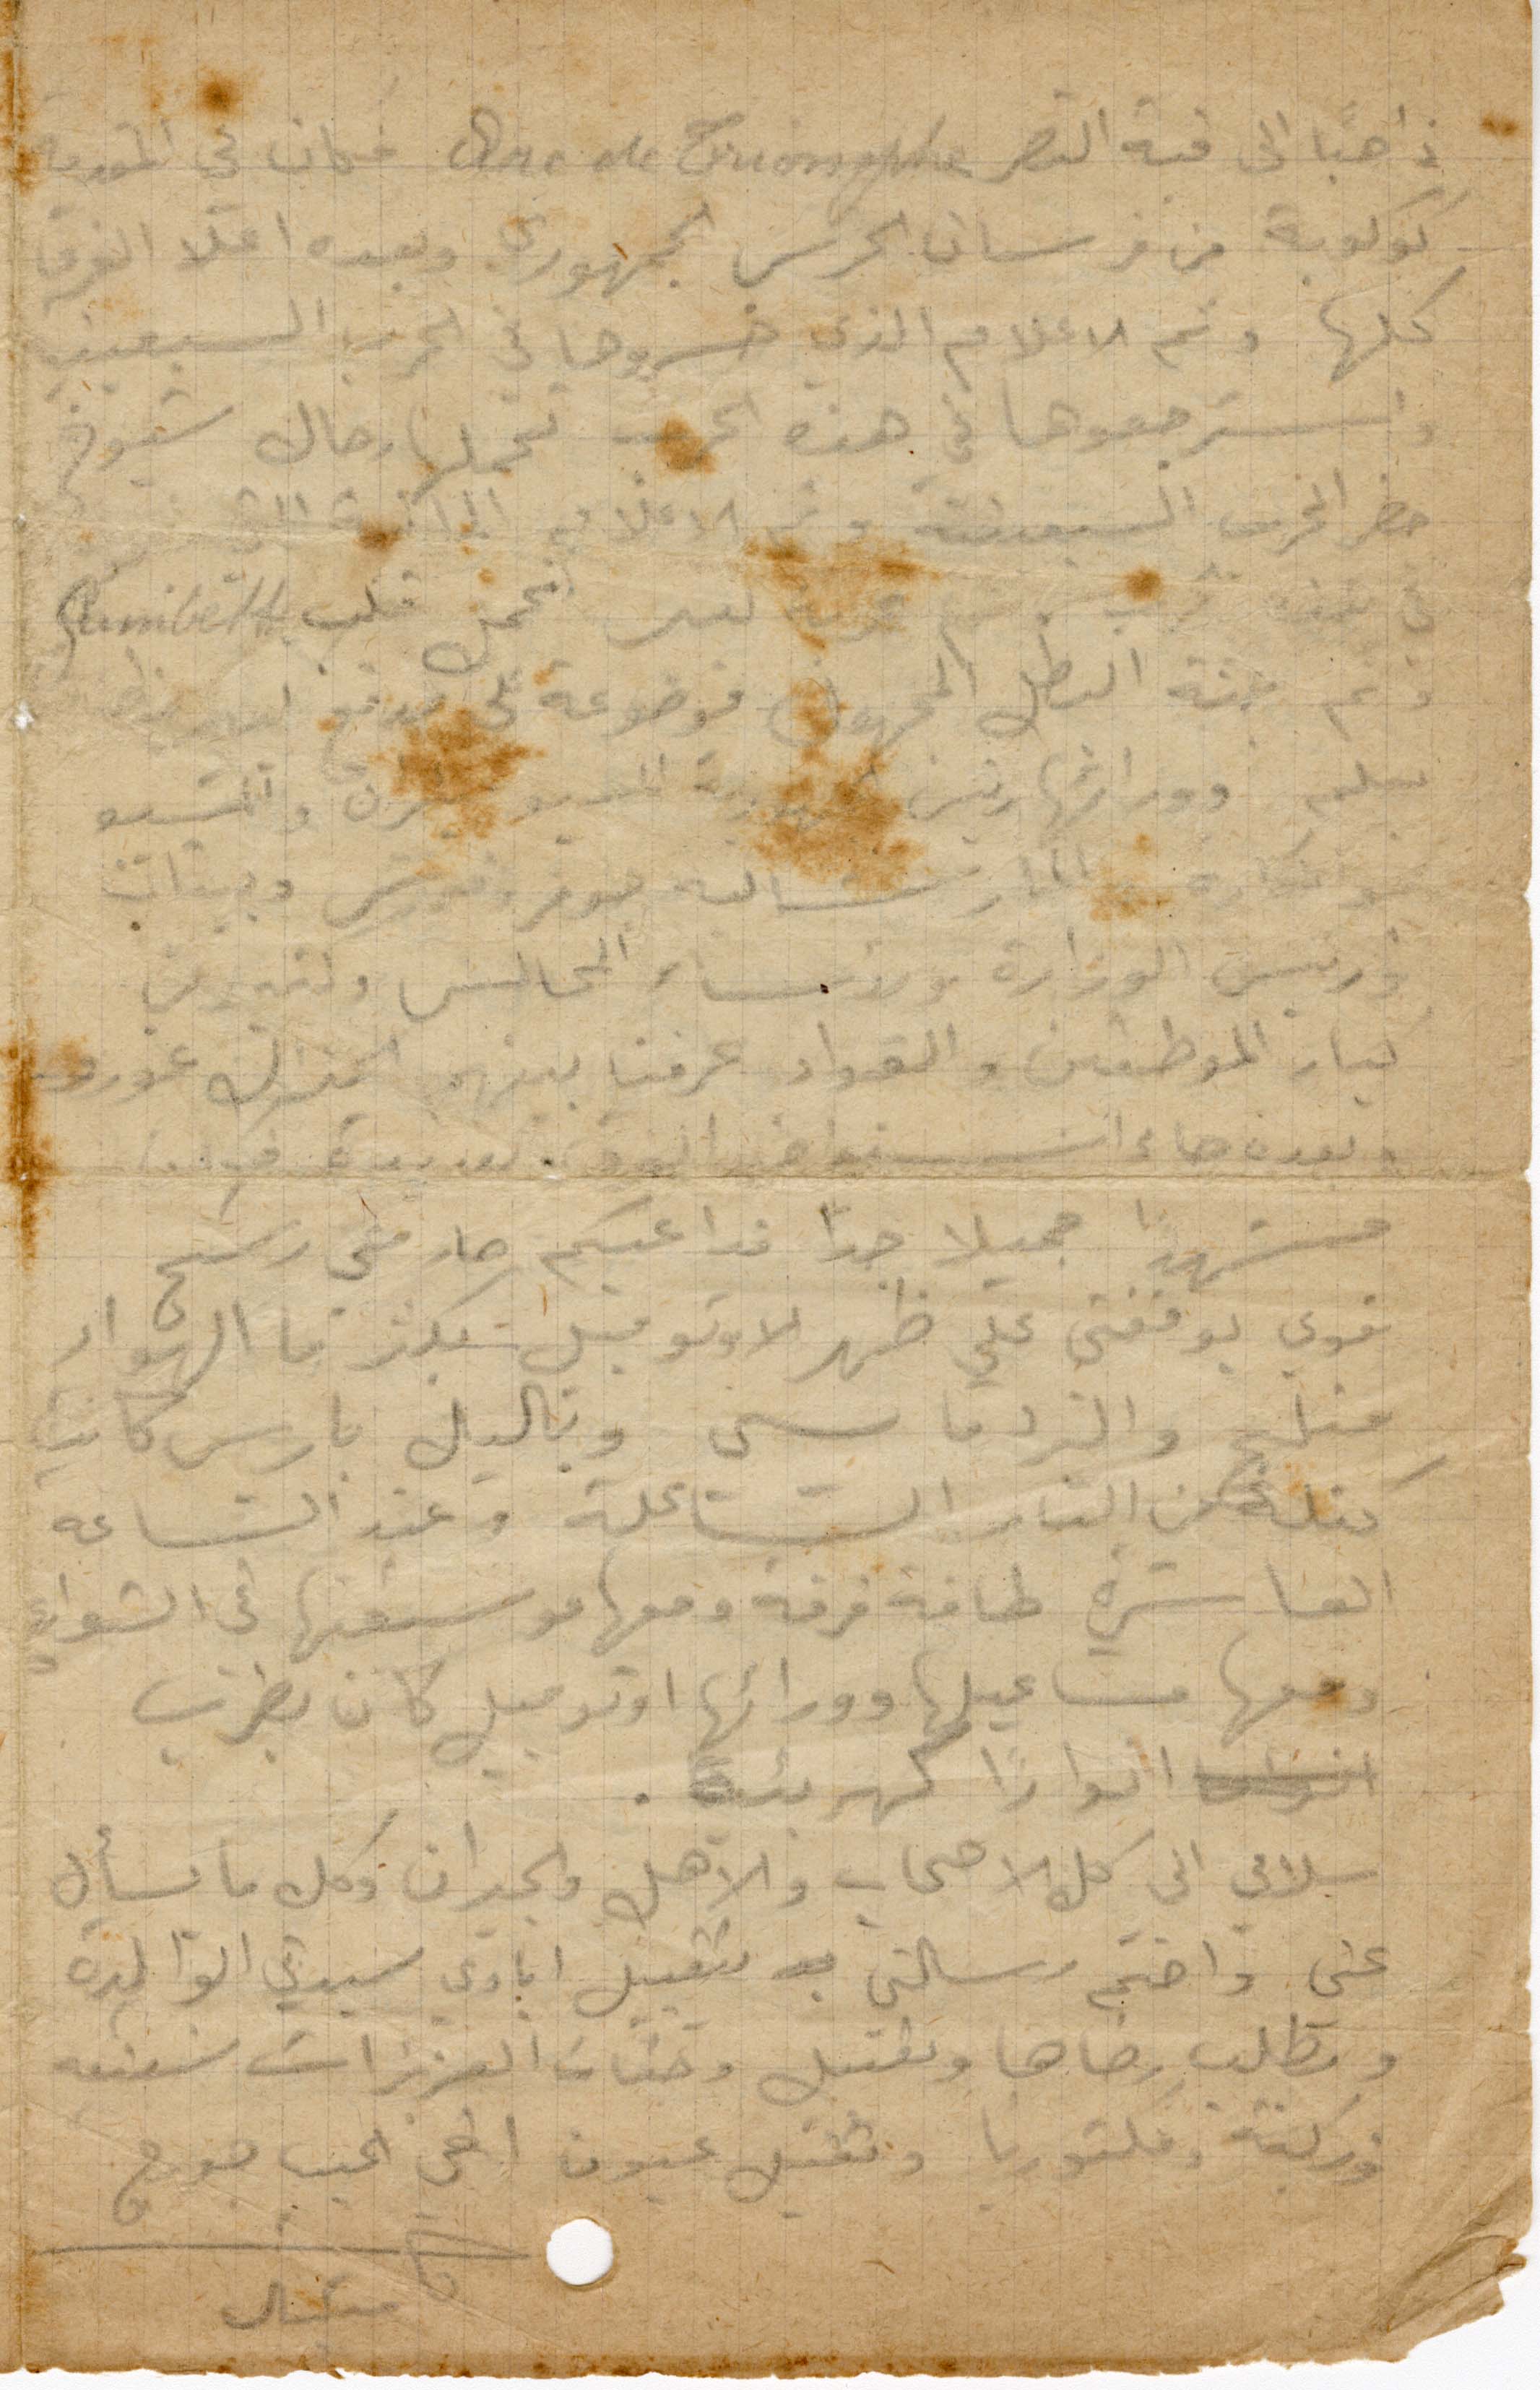
ذاهبًا الى قبة النصر Arc de Triomphe فكان في المقدمة
كوكبة من فرسان الحرس الجمهوري وبعده اعلى الفرق
كلها وثم الاعلام الذي خسروها في الحرب السبعينية
استرجعوها في هذه الحرب تحملها رجال شيوخ
حضر الحرب السبعينية وثم الاعلام الملكية التي
في هذه الحرب ثم عربة كبير يحمل قلب
وثم جثة البطل المجهول موضوعة على مدفع كبير
بعلم وورائها رئيس الجمهورية المسيو ملران والمسيو
بونكاره والمارشاليه جوفر وفوش وبيتان
ورئيس الوزارة ورؤساء المجالس وكثير من
كبار الموظفين والقواد عرفنا بينهم الجنرال غورو
وبعدن جاء المونسينيور الوف عديدة فكان
مشهدًا جميلًا جدًا فداعيكم صار مني رسج
قوى يوقفني على ظهر الاوتومبيل قبل بكثير ما الهواء
مثله والبرد قاسي وبالليل باريس كانت
كتلة من النار الشاعلة وعند الساعة
العاشرة طفة فرقة ومعها موسيقتها في الشوارع
ومعها مشاعليها وورائها اوتومبيل كان يضرب
انوارًا كهربائية.
سلامي الى كل الاصحاب والاهل والجيران وكل ما يسأل
عني واختم رسالتي بتقبيل ايادي سيدتي الوالدة
وبطلب رضاها وتقبيل وجنات العزيزات شفيقة
وزكية وفكتوريا وتقبيل عيون اخي الحبيب جورج
ميشال